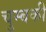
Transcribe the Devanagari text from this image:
चुम्बकी